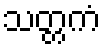
သတ္တကံ